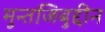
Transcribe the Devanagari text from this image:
मुन्तजिबुद्दीन